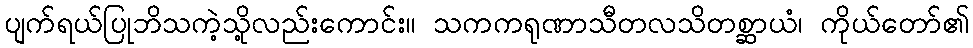
ပျက်ရယ်ပြုဘိသကဲ့သို့လည်းကောင်း။ သကကရုဏာသီတလသိတစ္ဆာယံ၊ ကိုယ်တော်၏